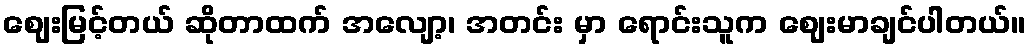
ဈေးမြင့်တယ် ဆိုတာထက် အလျော့၊ အတင်း မှာ ရောင်းသူက ဈေးမာချင်ပါတယ်။